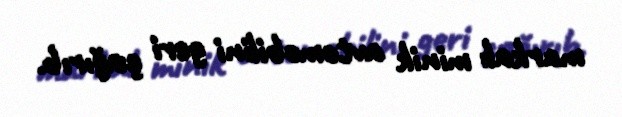
markalı minik avtomobilini geri çağırıb.